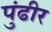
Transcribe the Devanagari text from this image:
पुंढीर